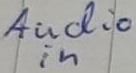
Text: Audio in